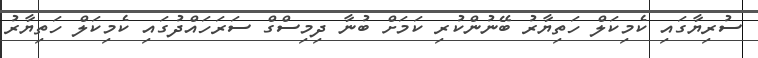
ސުރިޔާގައި ކެމިކަލް ހަތިޔާރު ބޭނުންކުރި ކަމަށް ބުނާ ދިމިސްގް ސަރަހައްދުގައި ކެމިކަލް ހަތިޔާރު